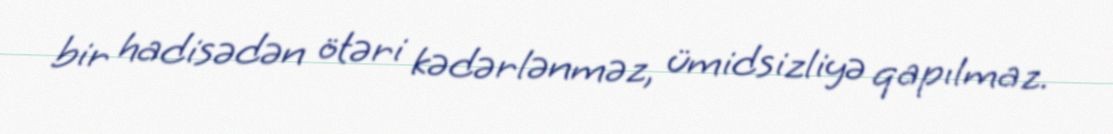
bir hadisədən ötəri kədərlənməz, ümidsizliyə qapılmaz.